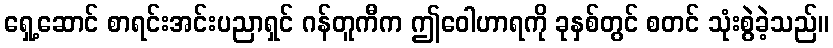
ရှေ့ဆောင် စာရင်းအင်းပညာရှင် ဂန်တူကီက ဤဝေါဟာရကို ခုနှစ်တွင် စတင် သုံးစွဲခဲ့သည်။